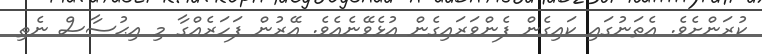
ކުރަންށެވެ. އެތަނުގައި ކައިގެން ފެންވަރައިގެން އުޅެވޭނެއެވެ. އޭރުން ފަހަރެއްގާ މި އިޙުސާސް ނެތި